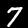
Label: 7